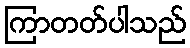
ကြာတတ်ပါသည်